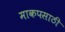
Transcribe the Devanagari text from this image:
माकपसाठी